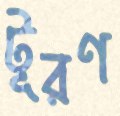
টূরণ